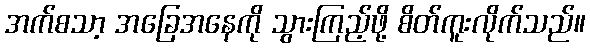
အက်စသာ့ အခြေအနေကို သွားကြည့်ဖို့ စိတ်ကူးလိုက်သည်။